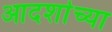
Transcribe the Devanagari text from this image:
आदर्शाच्या